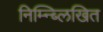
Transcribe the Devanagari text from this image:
निम्न्ब्लिखित